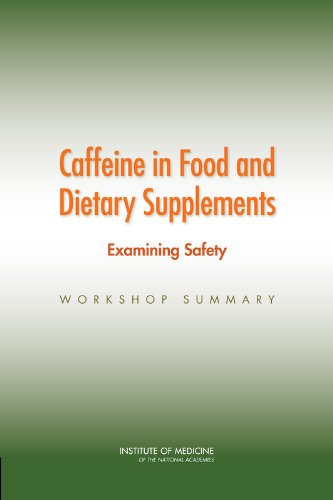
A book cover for Caffeine in Food and Dietary Supplements: Examining Safety:: Workshop Summary; Food and Nutrition Board; Health, Fitness & Dieting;